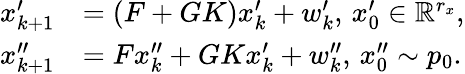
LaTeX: \begin{array}{rl}{x_{k+1}^{\prime}}&{=(F+GK)x_{k}^{\prime}+w_{k}^{\prime},\, x_{0}^{\prime}\in\mathbb{R}^{r_{x}},}\\ {x_{k+1}^{\prime\prime}}&{=Fx_{k}^{\prime\prime}+GKx_{k}^{\prime}+w_{k}^{\prime\prime},\, x_{0}^{\prime\prime}\sim p_{0}.}\end{array}